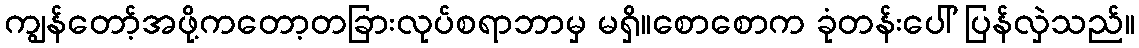
ကျွန်တော့်အဖို့ကတော့တခြားလုပ်စရာဘာမှ မရှိ။စောစောက ခုံတန်းပေါ် ပြန်လှဲသည်။